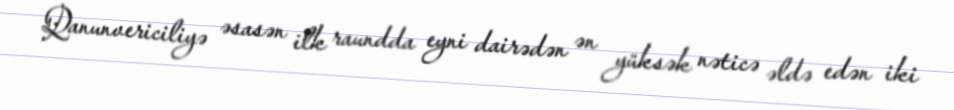
Qanunvericiliyə əsasən ilk raundda eyni dairədən ən yüksək nəticə əldə edən iki